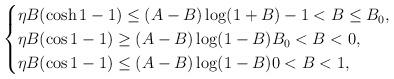
LaTeX: \begin{align*}& \begin{cases} \eta B (\cosh 1 - 1) \leq (A - B) \log (1 + B) -1 < B \leq B_{0}, \\ \eta B (\cos 1 - 1) \geq (A - B) \log (1 - B) B_{0} < B < 0,\\\eta B (\cos 1 - 1) \leq (A - B) \log (1 - B) 0 < B < 1, \end{cases} \end{align*}